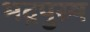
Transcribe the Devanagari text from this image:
भद्रपुस्र्ष